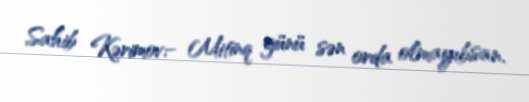
Sahib Kərimov:- Mitinq günü sən orda olmayıbsan.